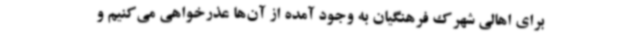
برای اهالی شهرک فرهنگیان به وجود آمده از آن‌ها عذرخواهی می‌کنیم و